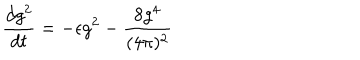
LaTeX: \frac { d g ^ { 2 } } { d t } = - \epsilon g ^ { 2 } - \frac { 8 g ^ { 4 } } { ( 4 \pi ) ^ { 2 } }